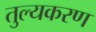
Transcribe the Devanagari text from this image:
तुल्यकरण